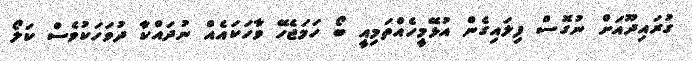
ގުރައިދޫއަށް ނުގޮސް ފިލައިގެން އުޅޭމީހެއްތަމިއީ ބޯ ހަމަޖެހޭ ވާހަކައެއް ނުދައްކާ ދުވަހަކުވެސް ކަލޯ